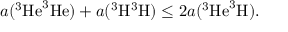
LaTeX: a ( ^ { 3 } \mathrm { H e } ^ { 3 } \mathrm { H e } ) + a ( ^ { 3 } \mathrm { H } ^ { 3 } \mathrm { H } ) \leq 2 a ( ^ { 3 } \mathrm { H e } ^ { 3 } \mathrm { H } ) .